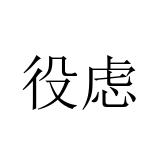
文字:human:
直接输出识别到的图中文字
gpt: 役虑